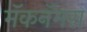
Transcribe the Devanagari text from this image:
मॅकनॅमरा